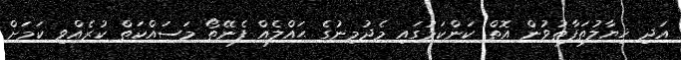
އަދި ޚިޔާލުތަފާތުވުން އޮތް ކަންކަމުގައި މެދުމިނުގެ ޙައްލެއް ފެނޭތޯ މަސައްކަތް ކުރެއްވި ކަމަށް